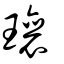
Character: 瓖